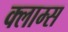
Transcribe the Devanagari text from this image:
क्लाम्स